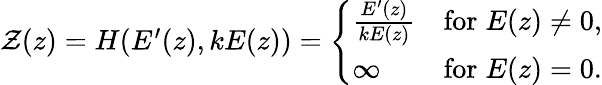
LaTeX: \begin{array}{r}{\mathcal{Z}(z)=H(E^{\prime}(z),kE(z))=\left\{ \begin{array}{ll}{\frac{E^{\prime}(z)}{kE(z)}}&{\mathrm{for}\; E(z)\neq 0,}\\ {\infty}&{\mathrm{for}\; E(z)=0.}\end{array}\right.}\end{array}